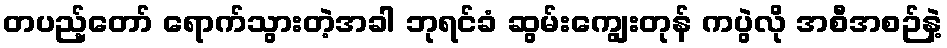
တပည့်တော် ရောက်သွားတဲ့အခါ ဘုရင်ခံ ဆွမ်းကျွေးတုန် ကပွဲလို အစီအစဉ်နဲ့